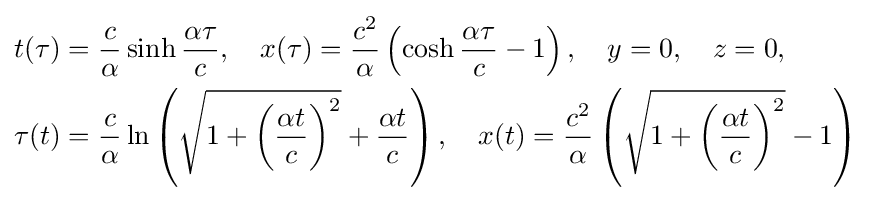
{\begin{aligned}&t(\tau )={\frac {c}{\alpha }}\sinh {\frac {\alpha \tau }{c}},\quad x(\tau )={\frac {c^{2}}{\alpha }}\left(\cosh {\frac {\alpha \tau }{c}}-1\right),\quad y=0,\quad z=0,\\&\tau (t)={\frac {c}{\alpha }}\ln \left({\sqrt {1+\left({\frac {\alpha t}{c}}\right)^{2}}}+{\frac {\alpha t}{c}}\right),\quad x(t)={\frac {c^{2}}{\alpha }}\left({\sqrt {1+\left({\frac {\alpha t}{c}}\right)^{2}}}-1\right)\end{aligned}}